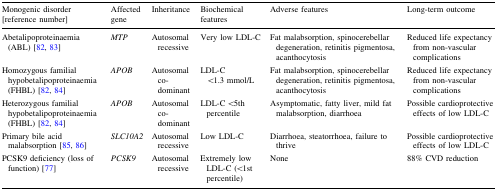
<table><thead><tr><td><b>Monogenic disorder [reference number]</b></td><td><b>Affected gene</b></td><td><b>Inheritance</b></td><td><b>Biochemical features</b></td><td><b>Adverse features</b></td><td><b>Long-term outcome</b></td></tr></thead><tbody><tr><td>Abetalipoproteinaemia (ABL) [82, 83]</td><td><i>MTP</i></td><td>Autosomal recessive</td><td>Very low LDL-C</td><td>Fat malabsorption, spinocerebellar degeneration, retinitis pigmentosa, acanthocytosis</td><td> Reduced life expectancy from non-vascular complications</td></tr><tr><td>Homozygous familial hypobetalipoproteinaemia (FHBL) [82, 84]</td><td><i>APOB</i></td><td>Autosomal co-dominant</td><td>LDL-C &lt;1.3 mmol/L</td><td>Fat malabsorption, spinocerebellar degeneration, retinitis pigmentosa, acanthocytosis</td><td>Reduced life expectancy from non-vascular complications</td></tr><tr><td>Heterozygous familial hypobetalipoproteinaemia (FHBL) [82, 84]</td><td><i>APOB</i></td><td>Autosomal co-dominant</td><td>LDL-C &lt;5th percentile</td><td>Asymptomatic, fatty liver, mild fat malabsorption, diarrhoea</td><td>Possible cardioprotective effects of low LDL-C</td></tr><tr><td>Primary bile acid malabsorption [85, 86]</td><td><i>SLC10A2</i></td><td>Autosomal recessive</td><td>Low LDL-C</td><td>Diarrhoea, steatorrhoea, failure to thrive</td><td>Possible cardioprotective effects of low LDL-C</td></tr><tr><td>PCSK9 deficiency (loss of function) [77]</td><td><i>PCSK9</i></td><td>Autosomal recessive</td><td>Extremely low LDL-C (&lt;1st percentile)</td><td>None</td><td>88% CVD reduction</td></tr></tbody></table>